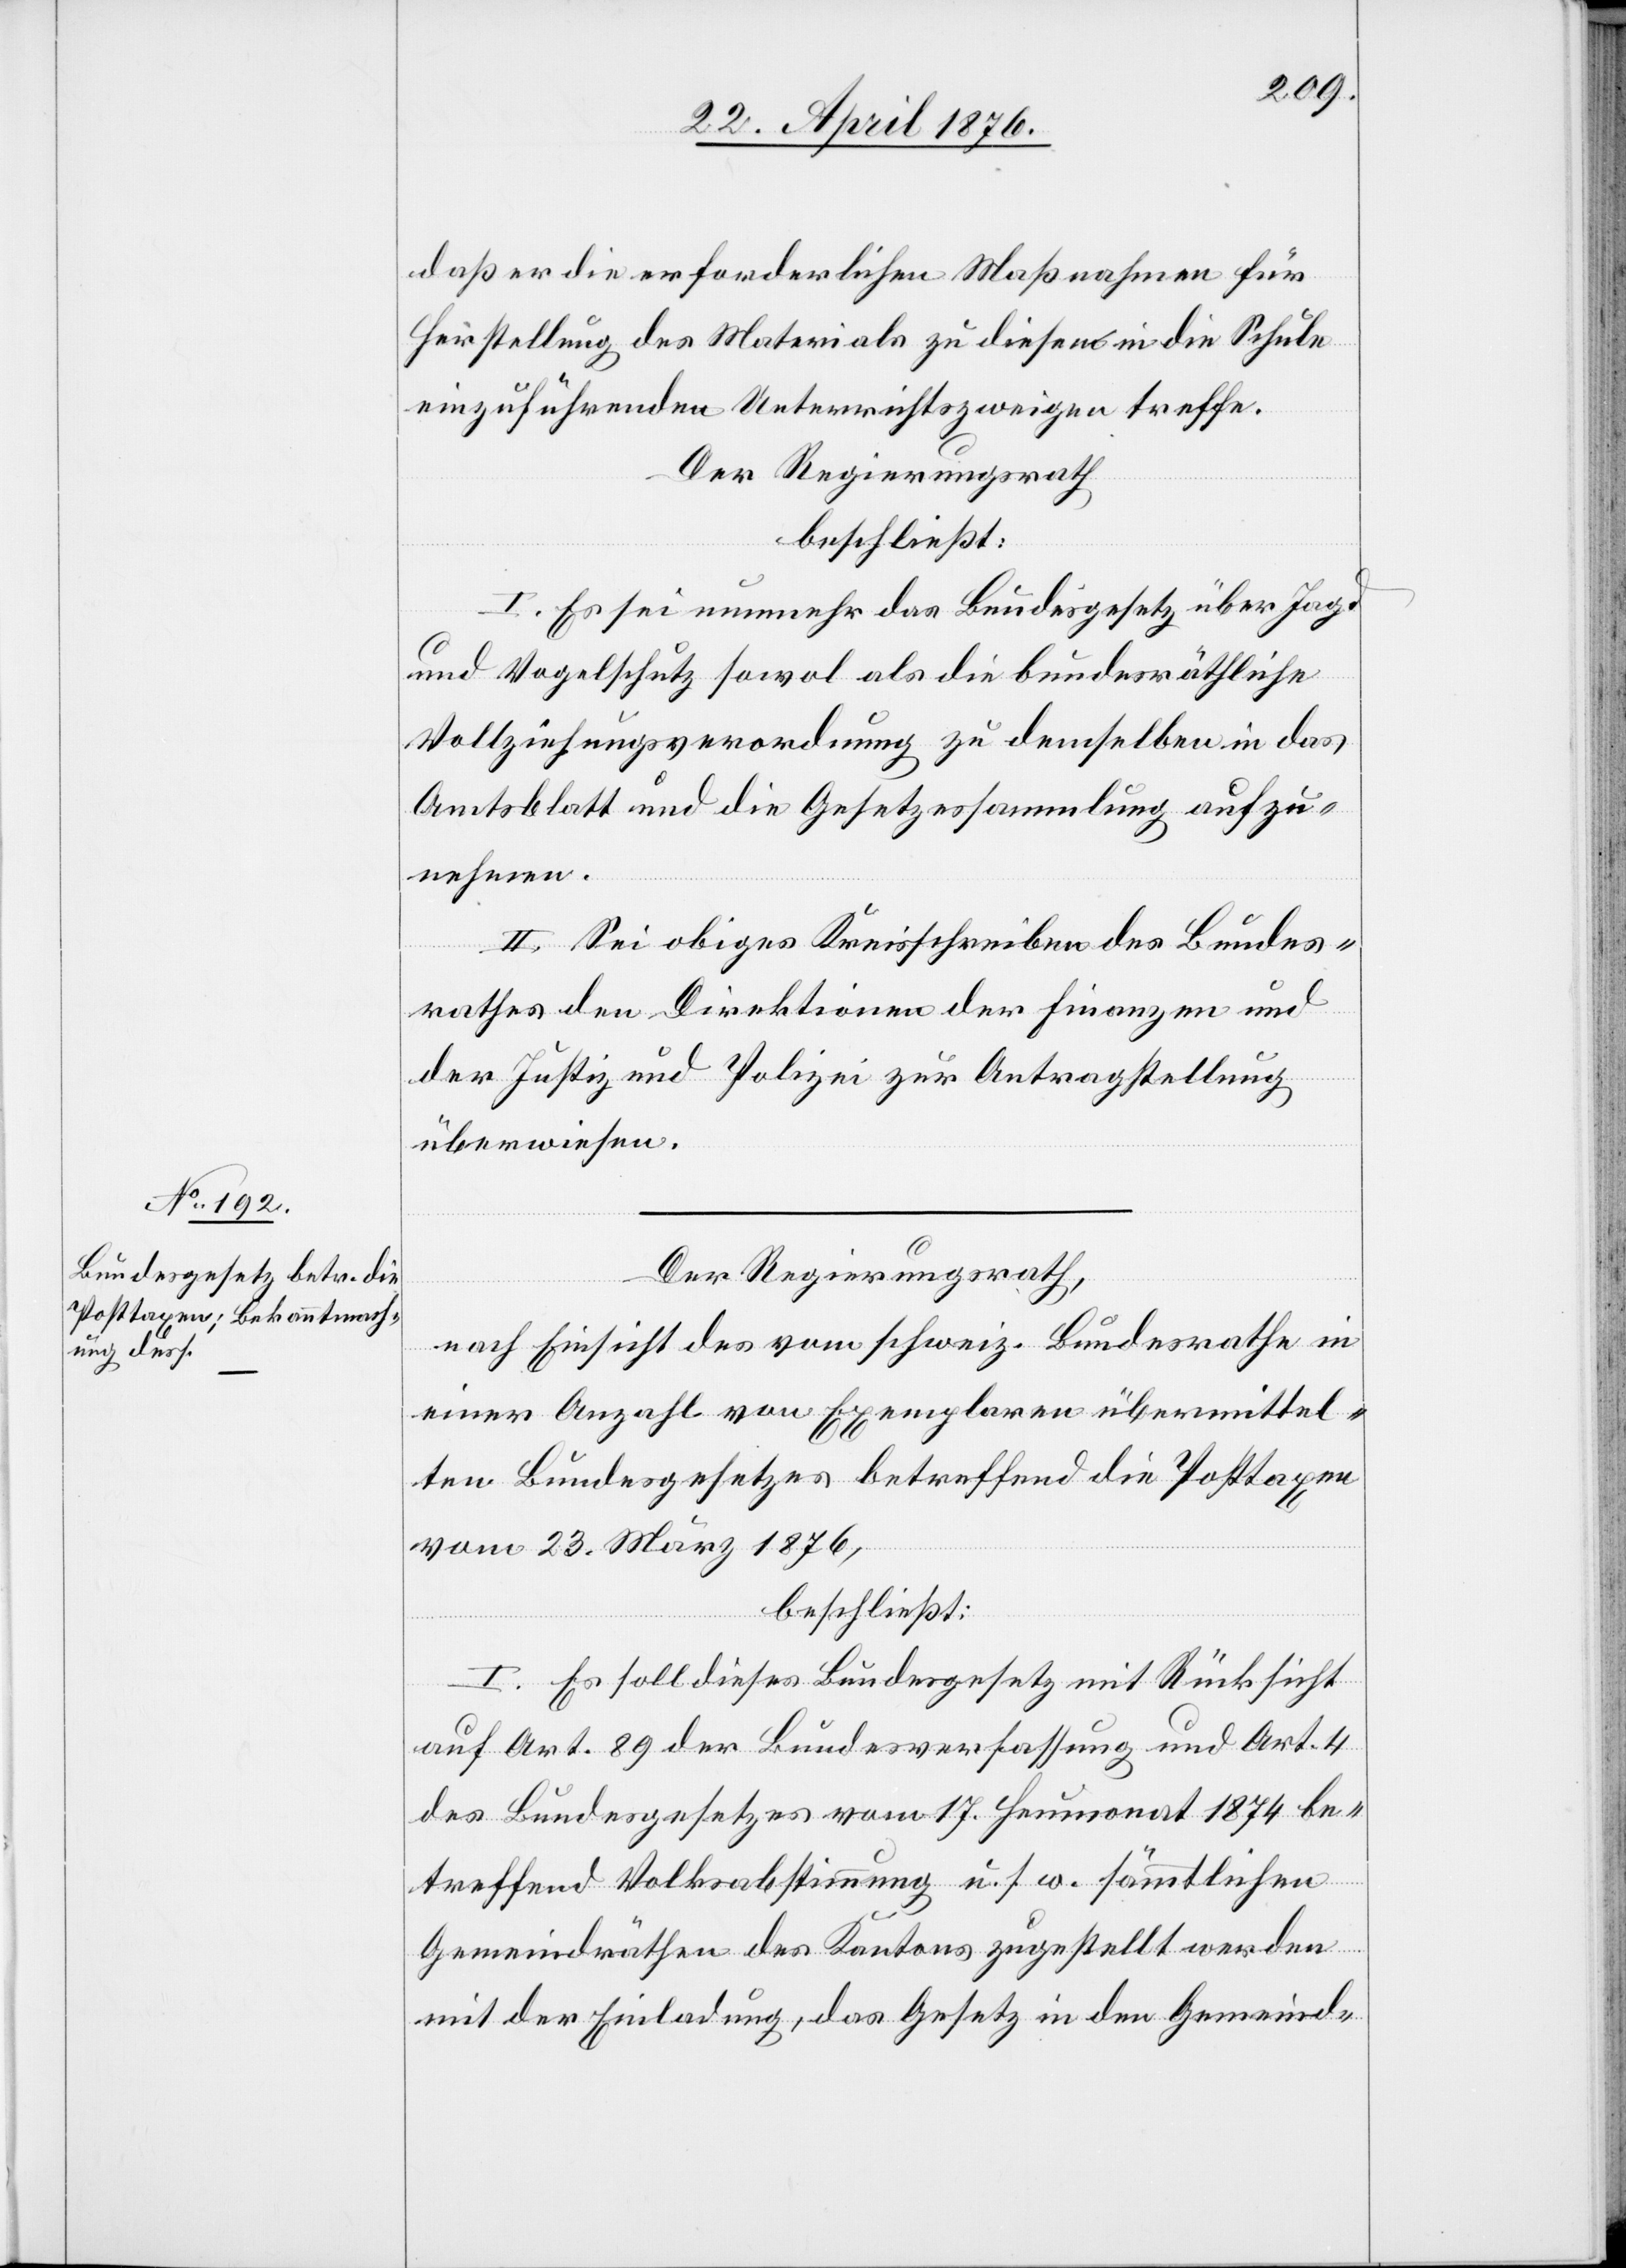
daß er die erforderlichen Maßnahmen für
Herstellung des Materials zu diesen in die Schule
einzuführenden Unterrichtszweigen treffe.
in
Der Regierungsrath,
beschließt:
I. Es sei nunmehr das Bundesgesetz über Jagd-
und Vogelschutz sowol als die bundesräthliche
Vollziehungsverordnung zu demselben in das
Amtsblatt und die Gesetzessammlung aufzu¬
nehmen.
II. Sei obiges Kreisschreiben des Bundes¬
rathes den Direktionen der Finanzen und
der Justiz und Polizei zur Antragstellung
überwiesen.
Der Regierungsrath,
Bundesrathe
einer Anzahl von Exemplaren übermittel¬
ten Bundesgesetzes betreffend die Posttaxen
vom 23. März 1876,
beschließt:
I. Es soll dieses Bundesgesetz mit Rücksicht
auf Art. 89 der Bundesverfassung und Art. 4
des Bundesgesetzes vom 17. Heumonat 1874 be¬
treffend Volksabstimmung u. s. w. sämmtlichen
Gemeindräthen des Kantons zugestellt werden
mit der Einladung, das Gesetz in den Gemeind-